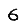
Digit: 6